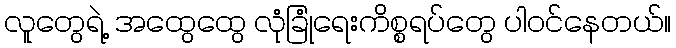
လူတွေရဲ့ အထွေထွေ လုံခြုံရေးကိစ္စရပ်တွေ ပါဝင်နေတယ်။